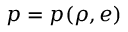
p = p ( \rho , e )